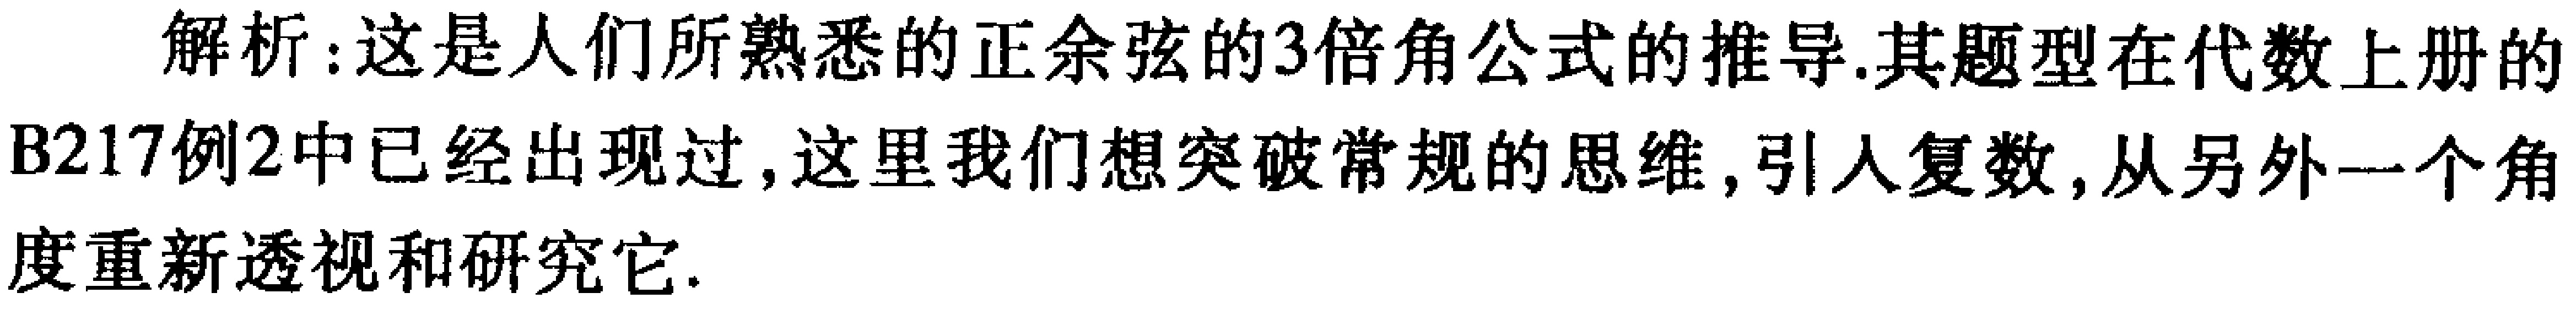
解析：这是人们所熟悉的正余弦的3倍角公式的推导.其题型在代数上册的B217例2中已经出现过, 这里我们想突破常规的思维, 引人复数, 从另外一个角度重新透视和研究它.